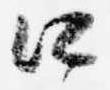
口